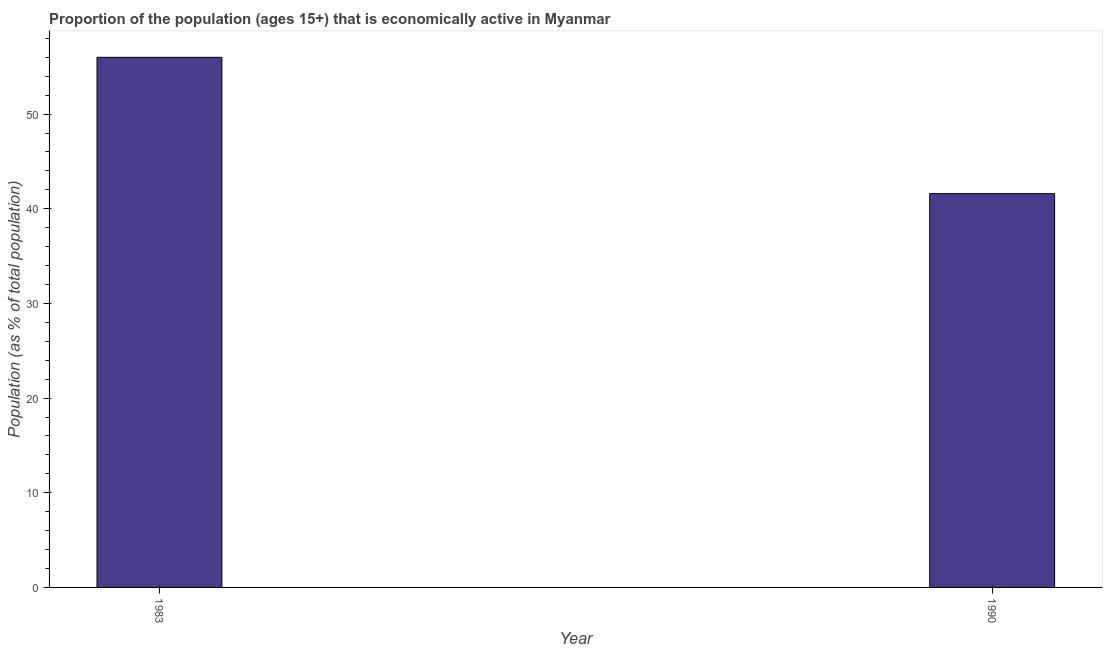
| Year | Labor force participation rate total |
 | --- | --- |
 | 1983 | 56 |
 | 1990 | 41.6 |